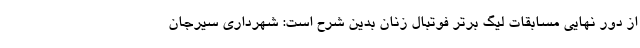
از دور نهایی مسابقات لیگ برتر فوتبال زنان بدین شرح است: شهرداری سیرجان